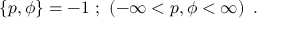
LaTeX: \left\{ p , \phi \right\} = - 1 \ ; \ \left( - \infty < p , \phi < \infty \right) \ .